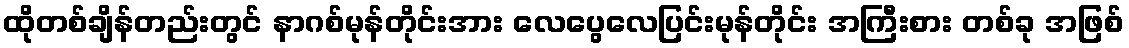
ထိုတစ်ချိန်တည်းတွင် နာဂစ်မုန်တိုင်းအား လေပွေလေပြင်းမုန်တိုင်း အကြီးစား တစ်ခု အဖြစ်